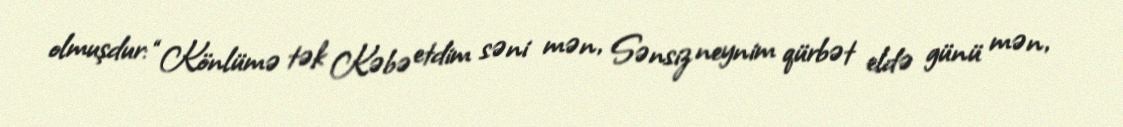
olmuşdur: “Könlümə tək Kəbə etdim səni mən, Sənsiz neynim qürbət eldə günü mən,